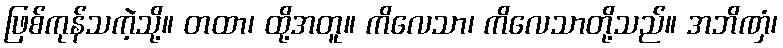
ဖြစ်ကုန်သကဲ့သို့။ တထာ၊ ထို့အတူ။ ကိလေသာ၊ ကိလေသာတို့သည်။ အဘိဏှံ၊